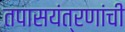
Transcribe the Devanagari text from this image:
तपासयंत्रणांची